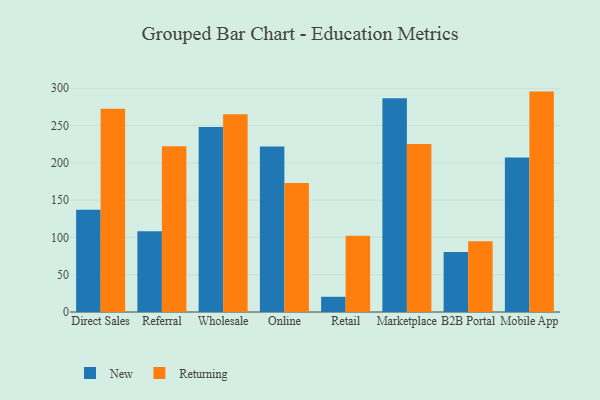
{"axis": {"x": "Channel", "y": "Customer Acquisition Cost (USD)"}, "legend": ["New", "Returning"], "data": [{"x": "Direct Sales", "y": 137.0, "type": "New"}, {"x": "Direct Sales", "y": 272.4, "type": "Returning"}, {"x": "Referral", "y": 108.1, "type": "New"}, {"x": "Referral", "y": 222.2, "type": "Returning"}, {"x": "Wholesale", "y": 248.2, "type": "New"}, {"x": "Wholesale", "y": 265.1, "type": "Returning"}, {"x": "Online", "y": 221.8, "type": "New"}, {"x": "Online", "y": 172.9, "type": "Returning"}, {"x": "Retail", "y": 20.4, "type": "New"}, {"x": "Retail", "y": 102.2, "type": "Returning"}, {"x": "Marketplace", "y": 286.6, "type": "New"}, {"x": "Marketplace", "y": 225.1, "type": "Returning"}, {"x": "B2B Portal", "y": 80.4, "type": "New"}, {"x": "B2B Portal", "y": 94.7, "type": "Returning"}, {"x": "Mobile App", "y": 207.1, "type": "New"}, {"x": "Mobile App", "y": 295.5, "type": "Returning"}]}